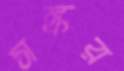
সঙ্কর